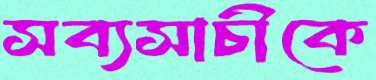
সব্যসাচীকে